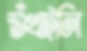
শুঁখাইলি